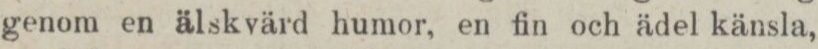
genom en älskvärd humor, en fin och ädel känsla,